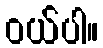
ဝယ်ပါ။